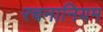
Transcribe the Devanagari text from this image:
रचनानियम